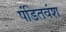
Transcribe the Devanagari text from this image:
पंडितवंश